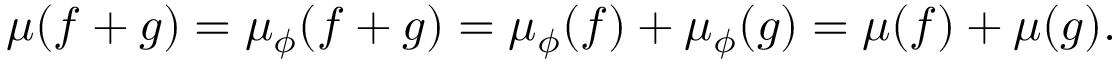
\mu ( f + g ) = \mu _ { \phi } ( f + g ) = \mu _ { \phi } ( f ) + \mu _ { \phi } ( g ) = \mu ( f ) + \mu ( g ) .